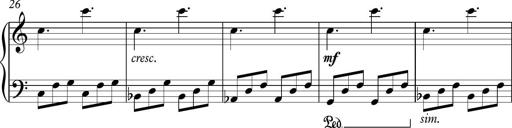
Title: Piano Sonatina in C
Composer: Daniel LÃ©o Simpson
Key: C major